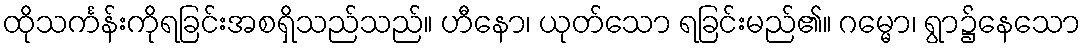
ထိုသင်္ကန်းကိုရခြင်းအစရှိသည်သည်။ ဟီနော၊ ယုတ်သော ရခြင်းမည်၏။ ဂမ္မော၊ ရွာ၌နေသော